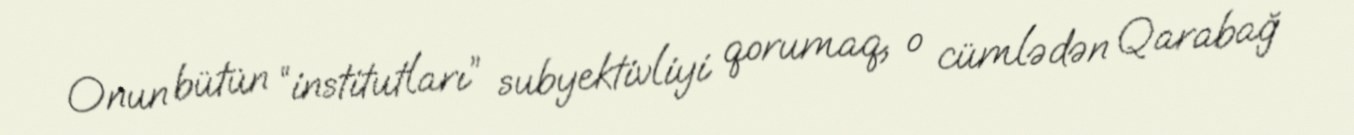
Onun bütün “institutları” subyektivliyi qorumaq, o cümlədən Qarabağ